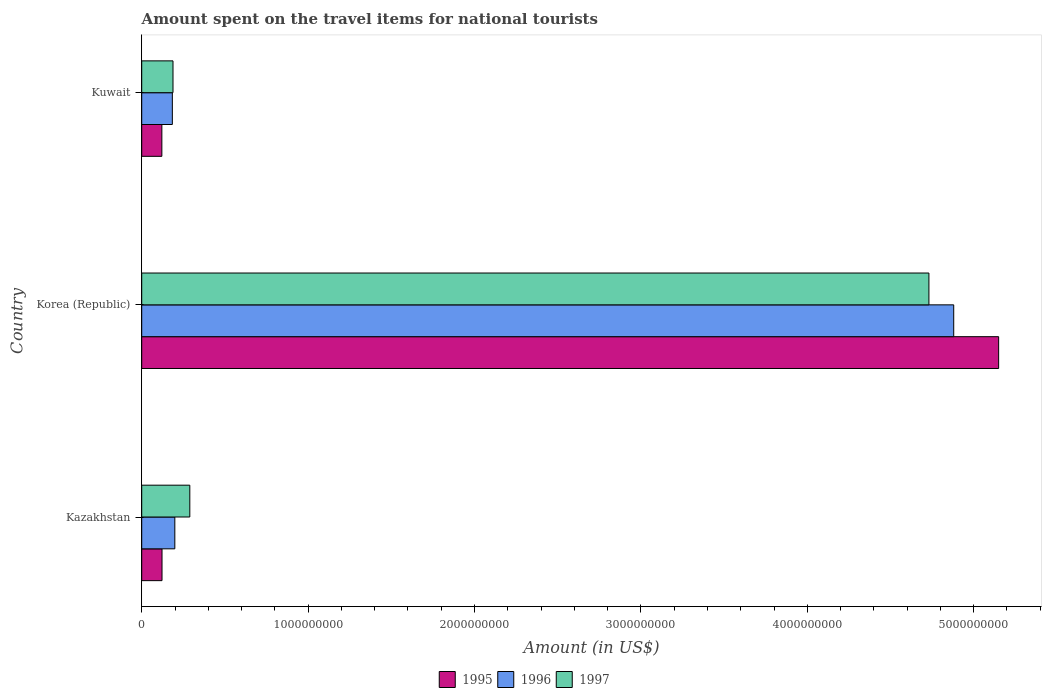
| Country | 1995 | 1996 | 1997 |
 | --- | --- | --- | --- |
 | Kazakhstan | 1.22e+08 | 1.99e+08 | 2.89e+08 |
 | Korea (Republic) | 5.15e+09 | 4.88e+09 | 4.73e+09 |
 | Kuwait | 1.21e+08 | 1.84e+08 | 1.88e+08 |